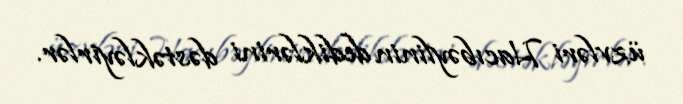
üzvləri Hacıbəylinin dediklərini dəstəkləyirlər.